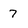
Character: 7